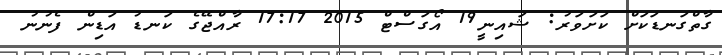
ގާތްގަނޑަކަށް ކަށަވަރު: ޝައިނީ19 އޯގަސްޓް 2015 17:17 ރާއްޖޭގެ ކަނޑު އަޑިން ފެނުނު